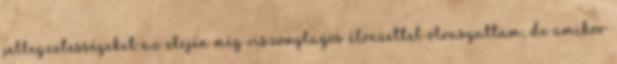
jellegzetességeket az elején még viszonylagos élvezettel olvasgattam, de amikor